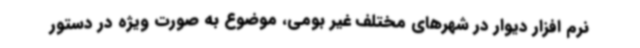
نرم افزار دیوار در شهرهای مختلف غیر بومی، موضوع به صورت ویژه در دستور